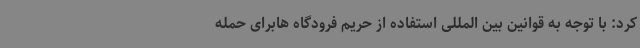
کرد: با توجه به قوانین بین المللی استفاده از حریم فرودگاه هابرای حمله